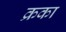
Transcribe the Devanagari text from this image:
क्रका